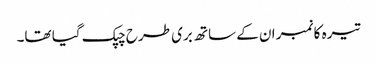
تیرہ کا نمبر ان کے ساتھ بری طرح چپک گیا تھا۔